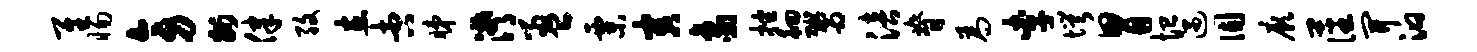
隹惕旁州律孜在杏睇潸盈粟害象挫徊鬻涪脊为李愕胃恤遇固厥藩开汩